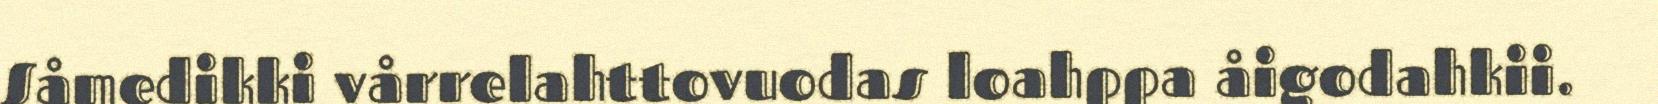
Såmedikki vårrelahttovuodas loahppa åigodahkii.